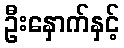
ဦးနှောက်နှင့်